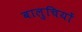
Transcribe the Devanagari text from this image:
बालुचियों